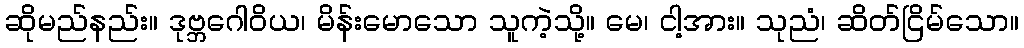
ဆိုမည်နည်း။ ဒုဗ္ဘဂေါဝိယ၊ မိန်းမောသော သူကဲ့သို့။ မေ၊ ငါ့အား။ သုညံ၊ ဆိတ်ငြိမ်သော။